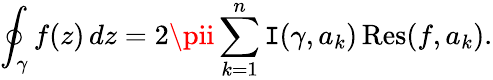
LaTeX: \oint_{\gamma}f(z)\, dz=2\pii\sum_{k=1}^{n}\operatorname{\mathtt{I}}(\gamma,a_{k})\operatorname{R\mathrm{e}s}(f,a_{k}).